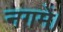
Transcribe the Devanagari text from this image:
नगमें।